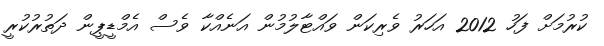
ކުރުމަށް ފަހު 2012 އަހަރު ވެރިކަން ވައްޓާލުމުން އަނެއްކާ ވެސް އެމްޑީޕީން ދަތުރުކުރީ